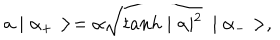
LaTeX: a \mid \alpha _ { + } > = \alpha \sqrt { t a n h \mid \alpha \mid ^ { 2 } } ~ \mid \alpha _ { - } > ,